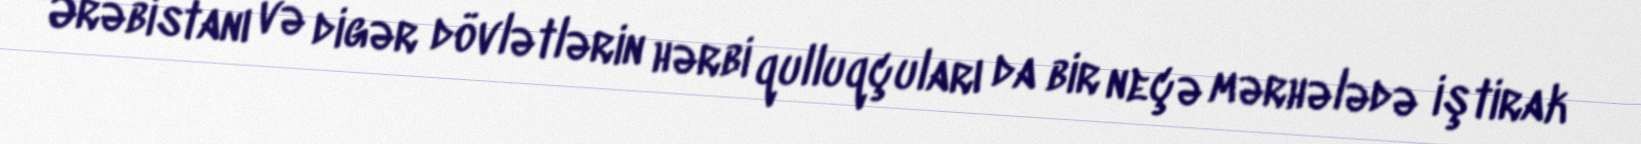
Ərəbistanı və digər dövlətlərin hərbi qulluqçuları da bir neçə mərhələdə iştirak